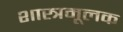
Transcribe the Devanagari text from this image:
शास्त्रमूलक